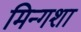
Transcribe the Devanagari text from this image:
मिन्गशा